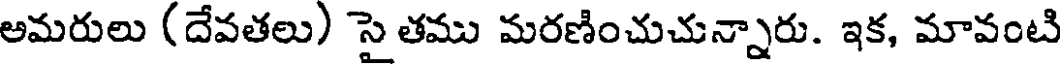
అమరులు (దేవతలు) సై తము మరణించుచున్నారు. ఇక, మావంటి